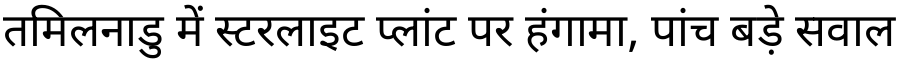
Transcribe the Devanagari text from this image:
तमिलनाडु में स्टरलाइट प्लांट पर हंगामा, पांच बड़े सवाल